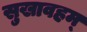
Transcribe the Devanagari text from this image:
सुखावहम्